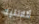
أتلانتيك